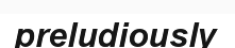
preludiously